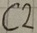
Text: C2